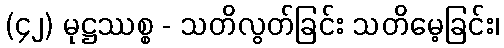
(၄၂) မုဋ္ဌဿစ္စ - သတိလွတ်ခြင်း သတိမေ့ခြင်း၊